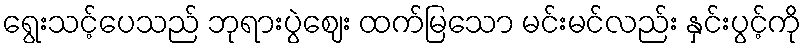
ရွေးသင့်ပေသည် ဘုရားပွဲဈေး ထက်မြသော မင်းမင်လည်း နှင်းပွင့်ကို